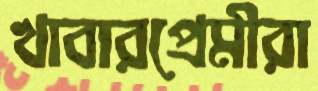
খাবারপ্রেমীরা